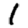
Digit: 1